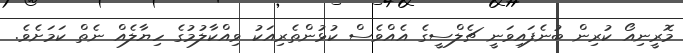
މޮރީނިއޯ ކުރިން ބުނެފައިވަނީ ޗެލްސީގެ އެއްވެސް ކުޅުންތެރިއަކު ވިއްކާލުމުގެ ހިޔާލެއް ނެތް ކަމަށެވެ.